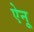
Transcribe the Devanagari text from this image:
ऐनू